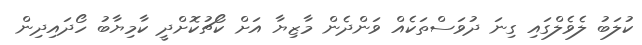
ކުލަބު ލެވެލްގައި ގިނަ ދުވަސްތަކެއް ވަންދެން މާޒިޔާ އަށް ކޯޗުކޮށްދީ ކާމިޔާބު ހޯދައިދިން